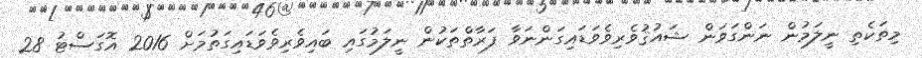
މިތަކެތި ނީލަމުން ނަންގަވަން ޝައުޤުވެރިވެވަޑައިގަންނަވާ ފަރާތްތަކުން ނީލަމުގައި ބައިވެރިވެވަޑައިގަތުމަށް 2016 އޮގަސްޓު 28